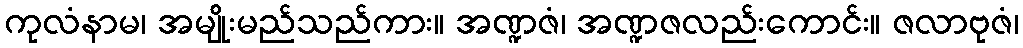
ကုလံနာမ၊ အမျိုးမည်သည်ကား။ အဏ္ဍဇံ၊ အဏ္ဍဇလည်းကောင်း။ ဇလာဗုဇံ၊